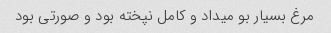
مرغ بسیار بو میداد و کامل نپخته بود و صورتی بود